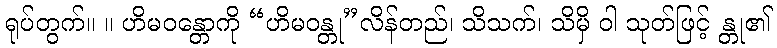
ရုပ်တွက်။ ။ ဟိမဝန္တောကို “ဟိမဝန္တု”လိန်တည်၊ သိသက်၊ သိမှိ ဝါ သုတ်ဖြင့် န္တု၏